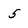
Character: 5